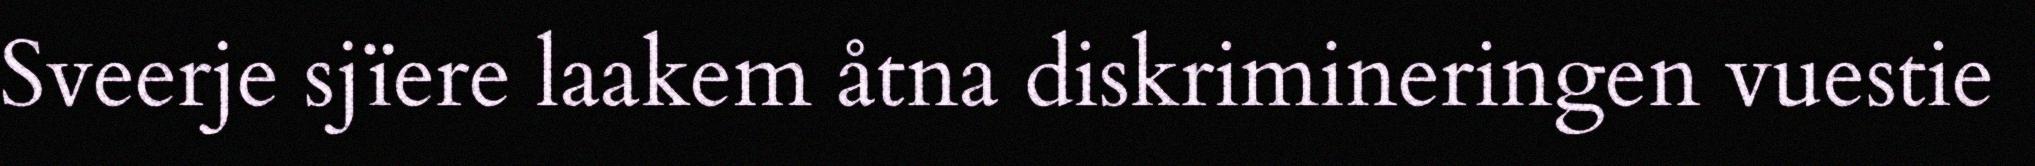
Sveerje sjïere laakem åtna diskrimineringen vuestie